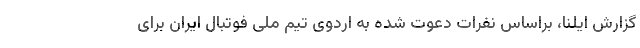
گزارش ایلنا، براساس نفرات دعوت شده به اردوی تیم ملی فوتبال ایران برای